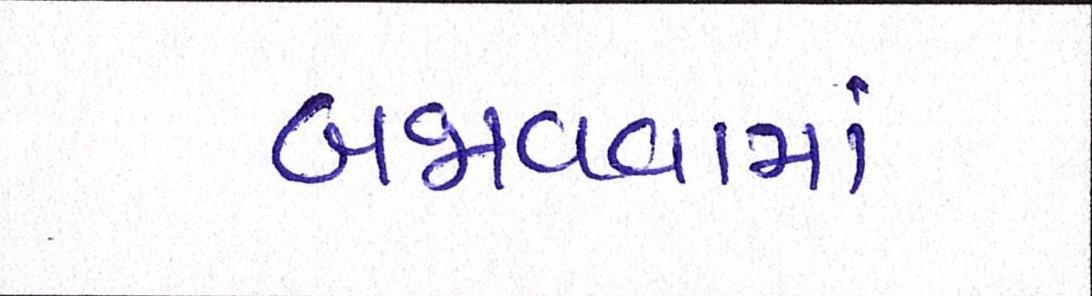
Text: બજાવવામાં